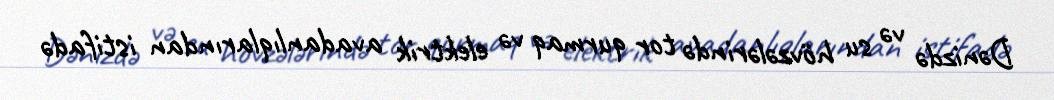
Dənizdə və su hövzələrində tor qurmaq və elektrik avadanlıqlarından istifadə